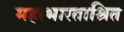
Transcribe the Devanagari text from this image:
महाभारताश्रित